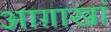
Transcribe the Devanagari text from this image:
आग़ाखां